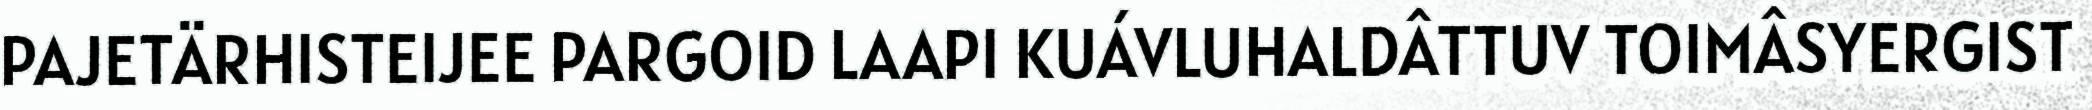
PAJETÄRHISTEIJEE PARGOID LAAPI KUÁVLUHALDÂTTUV TOIMÂSYERGIST